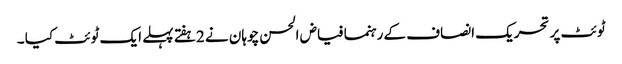
ٹوئٹ پر تحریک انصاف کے رہنما فیاض الحسن چوہان نے 2ہفتے پہلے ایک ٹوئٹ کیا ۔